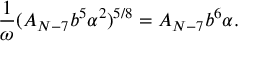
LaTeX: \frac { 1 } { \omega } ( A _ { N - 7 } b ^ { 5 } \alpha ^ { 2 } ) ^ { 5 / 8 } = A _ { N - 7 } b ^ { 6 } \alpha .